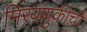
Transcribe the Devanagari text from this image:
मिरवणुकीची